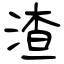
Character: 渣